Civil Veterinary Department Bihar reports 1936-40 - 1936-1940
Year: 1936
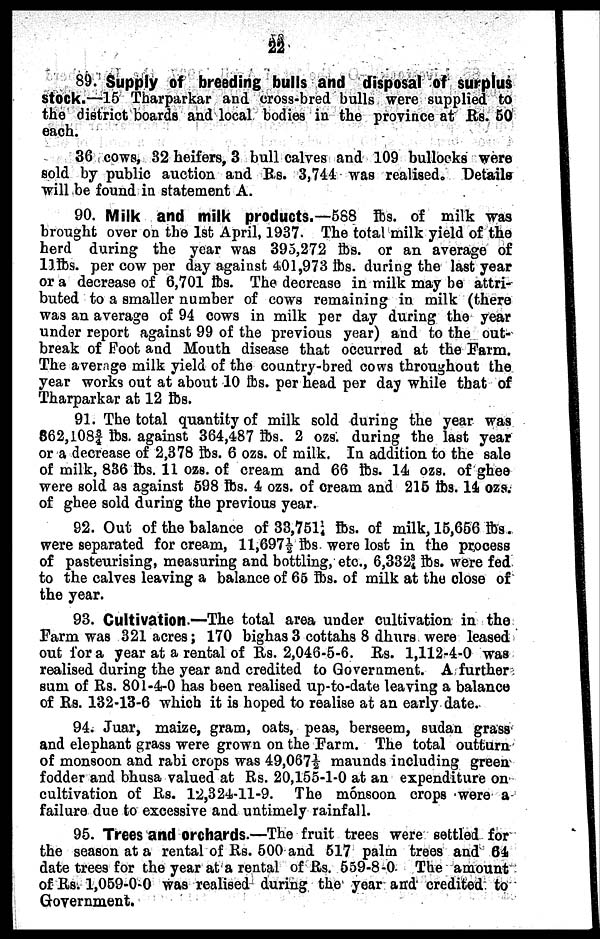
22
89. Supply of breeding bulls and disposal of surplus
Stock.—15 Tharparkar and cross-bred bulls were supplied to
the district boards and local bodies in the province at Rs. 50
each.
36 cows, 32 heifers, 3 bull calves and 109 bullocks were
sold by public auction and Rs. 3,744 was realised. Details
will be found in statement A.
90. Milk and milk products.—588 lbs. of milk was
brought over on the 1st April, 1937. The total milk yield of the
herd during the year was 395,272 lbs. or an average of
11lbs. per cow per day against 401,973 lbs. during the last year
or a decrease of 6,701 lbs. The decrease in milk may be attri-
buted to a smaller number of cows remaining in milk (there
was an average of 94 cows in milk per day during the year
under report against 99 of the previous year) and to the out-
break of Foot and Mouth disease that occurred at the Farm.
The average milk yield of the country-bred cows throughout the
year works out at about 10 lbs. per head per day while that of
Tharparkar at 12 lbs.
91. The total quantity of milk sold during the year was
862,l083/4 lbs. against 364,487 lbs. 2 ozs. during the last year
or a decrease of 2,378 lbs. 6 ozs. of milk. In addition to the sale
of milk, 836 lbs. 11 ozs. of cream and 66 lbs. 14 ozs. of ghee
were sold as against 598 lbs. 4 ozs. of cream and 215 lbs. 14 ozs.
of ghee sold during the previous year.
92. Out of the balance of 33,751½ lbs. of milk, 15,656 lbs.
were separated for cream, 11,697½ lbs were lost in the process
of pasteurising, measuring and bottling, etc., 6,3323/4 lbs. were fed
to the calves leaving a balance of 65 lbs. of milk at the close of
the year.
93. Cultivation.—The total area under cultivation in the
Farm was 321 acres; 170 bighas 3 cottahs 8 dhurs were leased
out for a year at a rental of Rs. 2,046-5-6. Rs. 1,112-4-0 was
realised during the year and credited to Government. A further
sum of Rs. 801-4-0 has been realised up-to-date leaving a balance
of Rs. 132-13-6 which it is hoped to realise at an early date.
94. Juar, maize, gram, oats, peas, berseem, sudan grass
and elephant grass were grown on the Farm. The total outturn
of monsoon and rabi crops was 49,067½ maunds including green
fodder and bhusa valued at Rs. 20,155-1-0 at an expenditure on
cultivation of Rs. 12,324-11-9. The monsoon crops were a
failure due to excessive and untimely rainfall.
95. Trees and orchards.—The fruit trees were settled for
the season at a rental of Rs. 500 and 517 palm trees and 64
date trees for the year at a rental of Rs. 559-8-0 The amount
of Rs. 1,059-0-0 was realised during the year and credited to
Government.